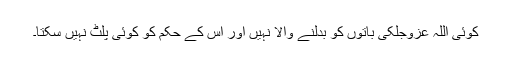
کوئی اللہ عَزَّوَجَلَّکی باتوں کو بدلنے والا نہیں اور اس کے حکم کو کوئی پلٹ نہیں سکتا۔